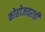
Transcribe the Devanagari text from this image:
कोहोजवरची